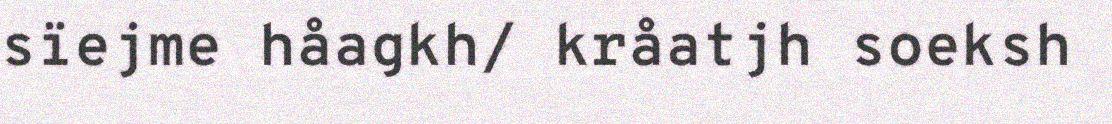
sïejme håagkh/ kråatjh soeksh